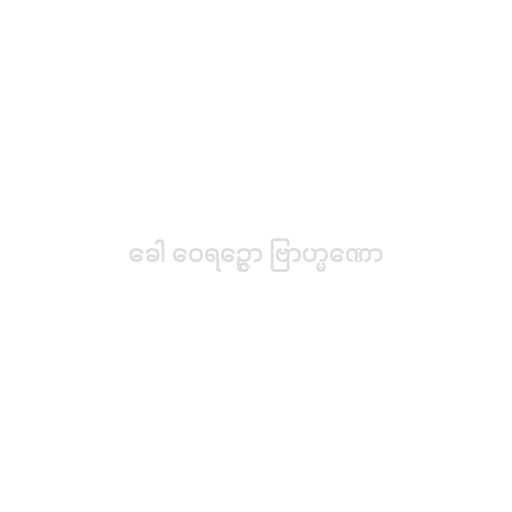
ခေါ ဝေရဉ္ဇော ဗြာဟ္မဏော